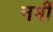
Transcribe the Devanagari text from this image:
नर्मी